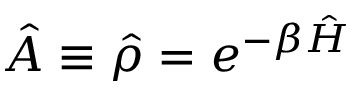
\hat { A } \equiv \hat { \rho } = e ^ { - \beta \hat { H } }